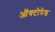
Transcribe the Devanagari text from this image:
ऑक्टोपेड